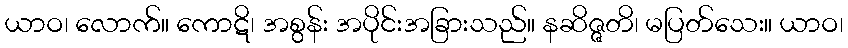
ယာဝ၊ လောက်။ ကောဋိ၊ အစွန်း အပိုင်းအခြားသည်။ နဆိဇ္ဇတိ၊ မပြတ်သေး။ ယာဝ၊